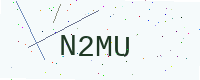
Text: N2MU